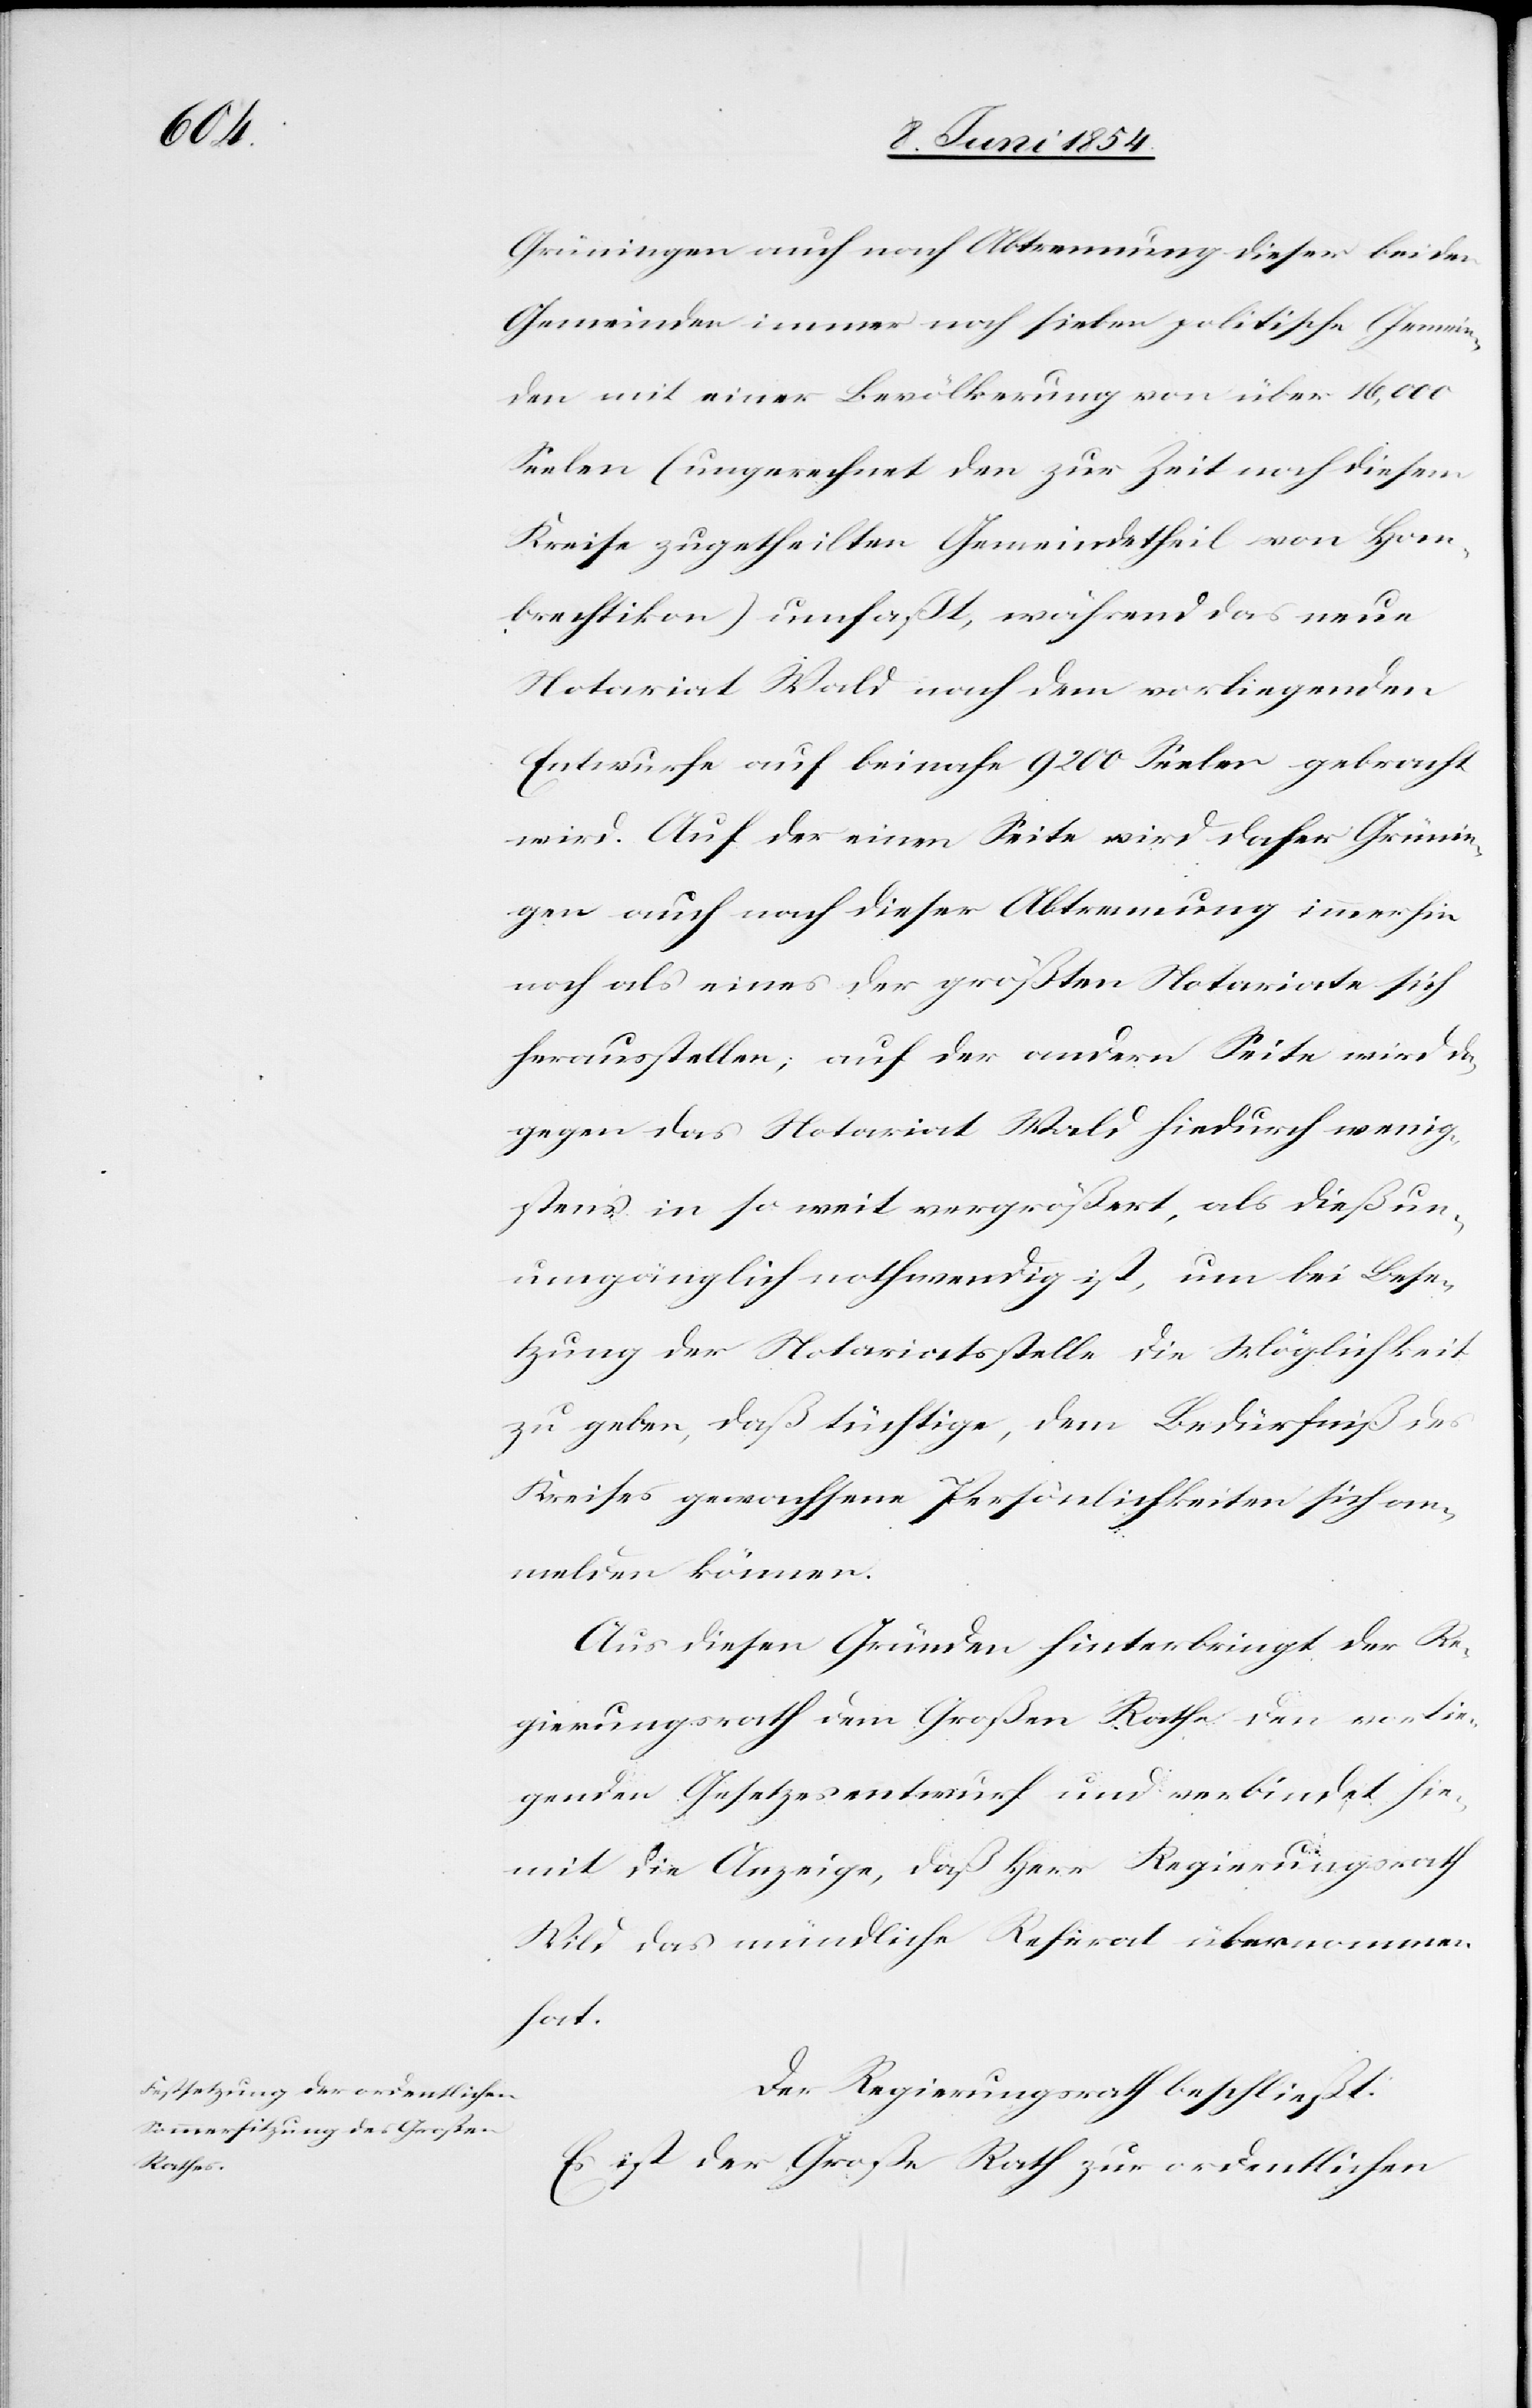
Grüningen auch nach Abtrennung dieser beiden
Gemeinden immer noch sieben politische Gemein¬
den mit einer Bevölkerung von über 16,000
Seelen (ungerechnet den zur Zeit noch diesem
Kreise zugetheilten Gemeindetheil von Hom¬
brechtikon) umfaßt, während das neue
Notariat Wald nach dem vorliegenden
Entwurfe auf beinahe 9200 Seelen gebracht
wird. Auf der einen Seite wird daher Grünin¬
gen auch nach dieser Abtrennung immerhin
noch als eines der größten Notariate sich
herausstellen; auf der andern Seite wird da¬
gegen das Notariat Wald hiedurch wenig¬
stens in so weit vergrößert, als dieß un¬
umgänglich nothwendig ist, um bei Bese¬
tzung der Notariatsstelle die Möglichkeit
zu geben, daß tüchtige, dem Bedürfniß des
Kreises gewachsene Persönlichkeiten sich an¬
melden können.
Aus diesen Gründen hinterbringt der Re¬
gierungsrath dem Großen Rathe den vorlie¬
genden Gesetzesentwurf und verbindet hie¬
mit die Anzeige, daß Herr Regierungsrath
Wild das mündliche Referat übernommen
hat.
Der Regierungsrath beschließt:
Es ist der Große Rath zur ordentlichen